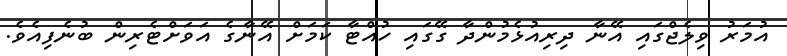
އުމަރު ވިލެޖްގައި އޭނާ ދިރިއުޅެމުންދާ ގޭގައި ހުއްޓާ ކަަމަށް އޭނާގެ އަވަށްޓެރިން ބުނެފިއެވެ.